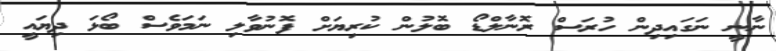
ނާނީ ނަގައިދިން ހުރަސް ރޮނާލްޑޯ ބޮލުން ކުރިޔަށް ފޮނުވާލި ނަމަވެސް ބޯޅަ ދިޔައީ